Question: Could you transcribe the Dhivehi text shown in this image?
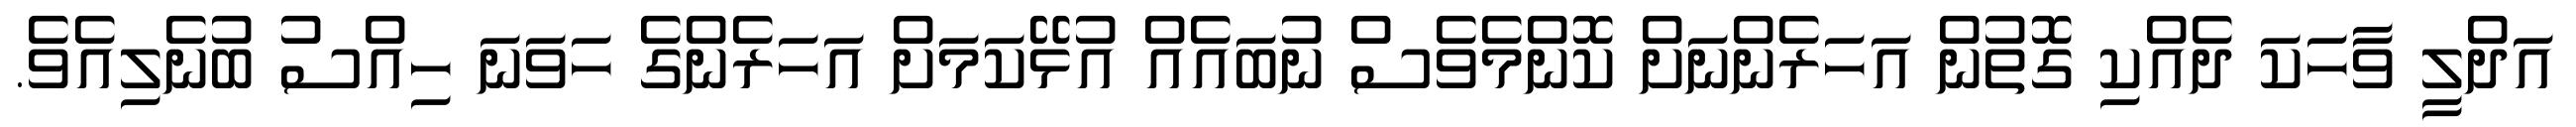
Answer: އަދްލީ ވާހަކަ ދެއްކި ގޮތުން އަހަރެންނަށް ކޮންމެވެސް ނުބައެއް އުޅޭކަމަށް އަހަރެންގެ ހަވަނަ ހިއްސު ބުނެލިއެވެ.